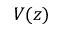
V ( z )